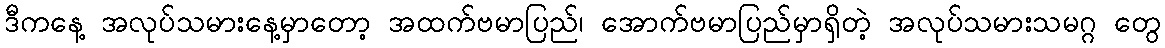
ဒီကနေ့ အလုပ်သမားနေ့မှာတော့ အထက်ဗမာပြည်၊ အောက်ဗမာပြည်မှာရှိတဲ့ အလုပ်သမားသမဂ္ဂ တွေ